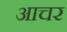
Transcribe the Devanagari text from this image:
आचर